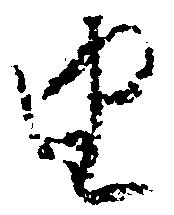
由